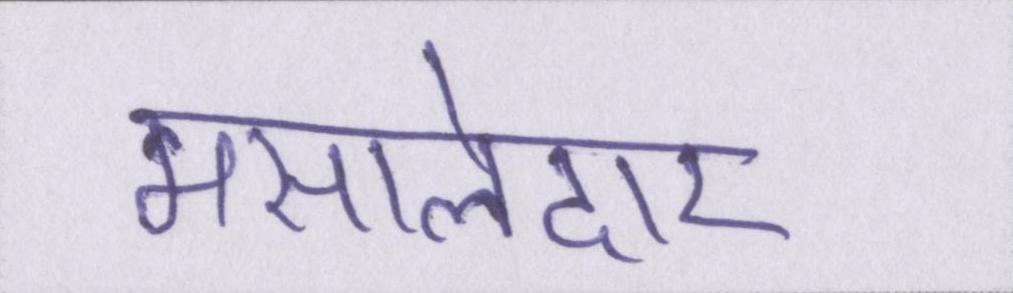
मसालेदार